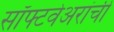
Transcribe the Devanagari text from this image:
सॉफ्टवेअरांची